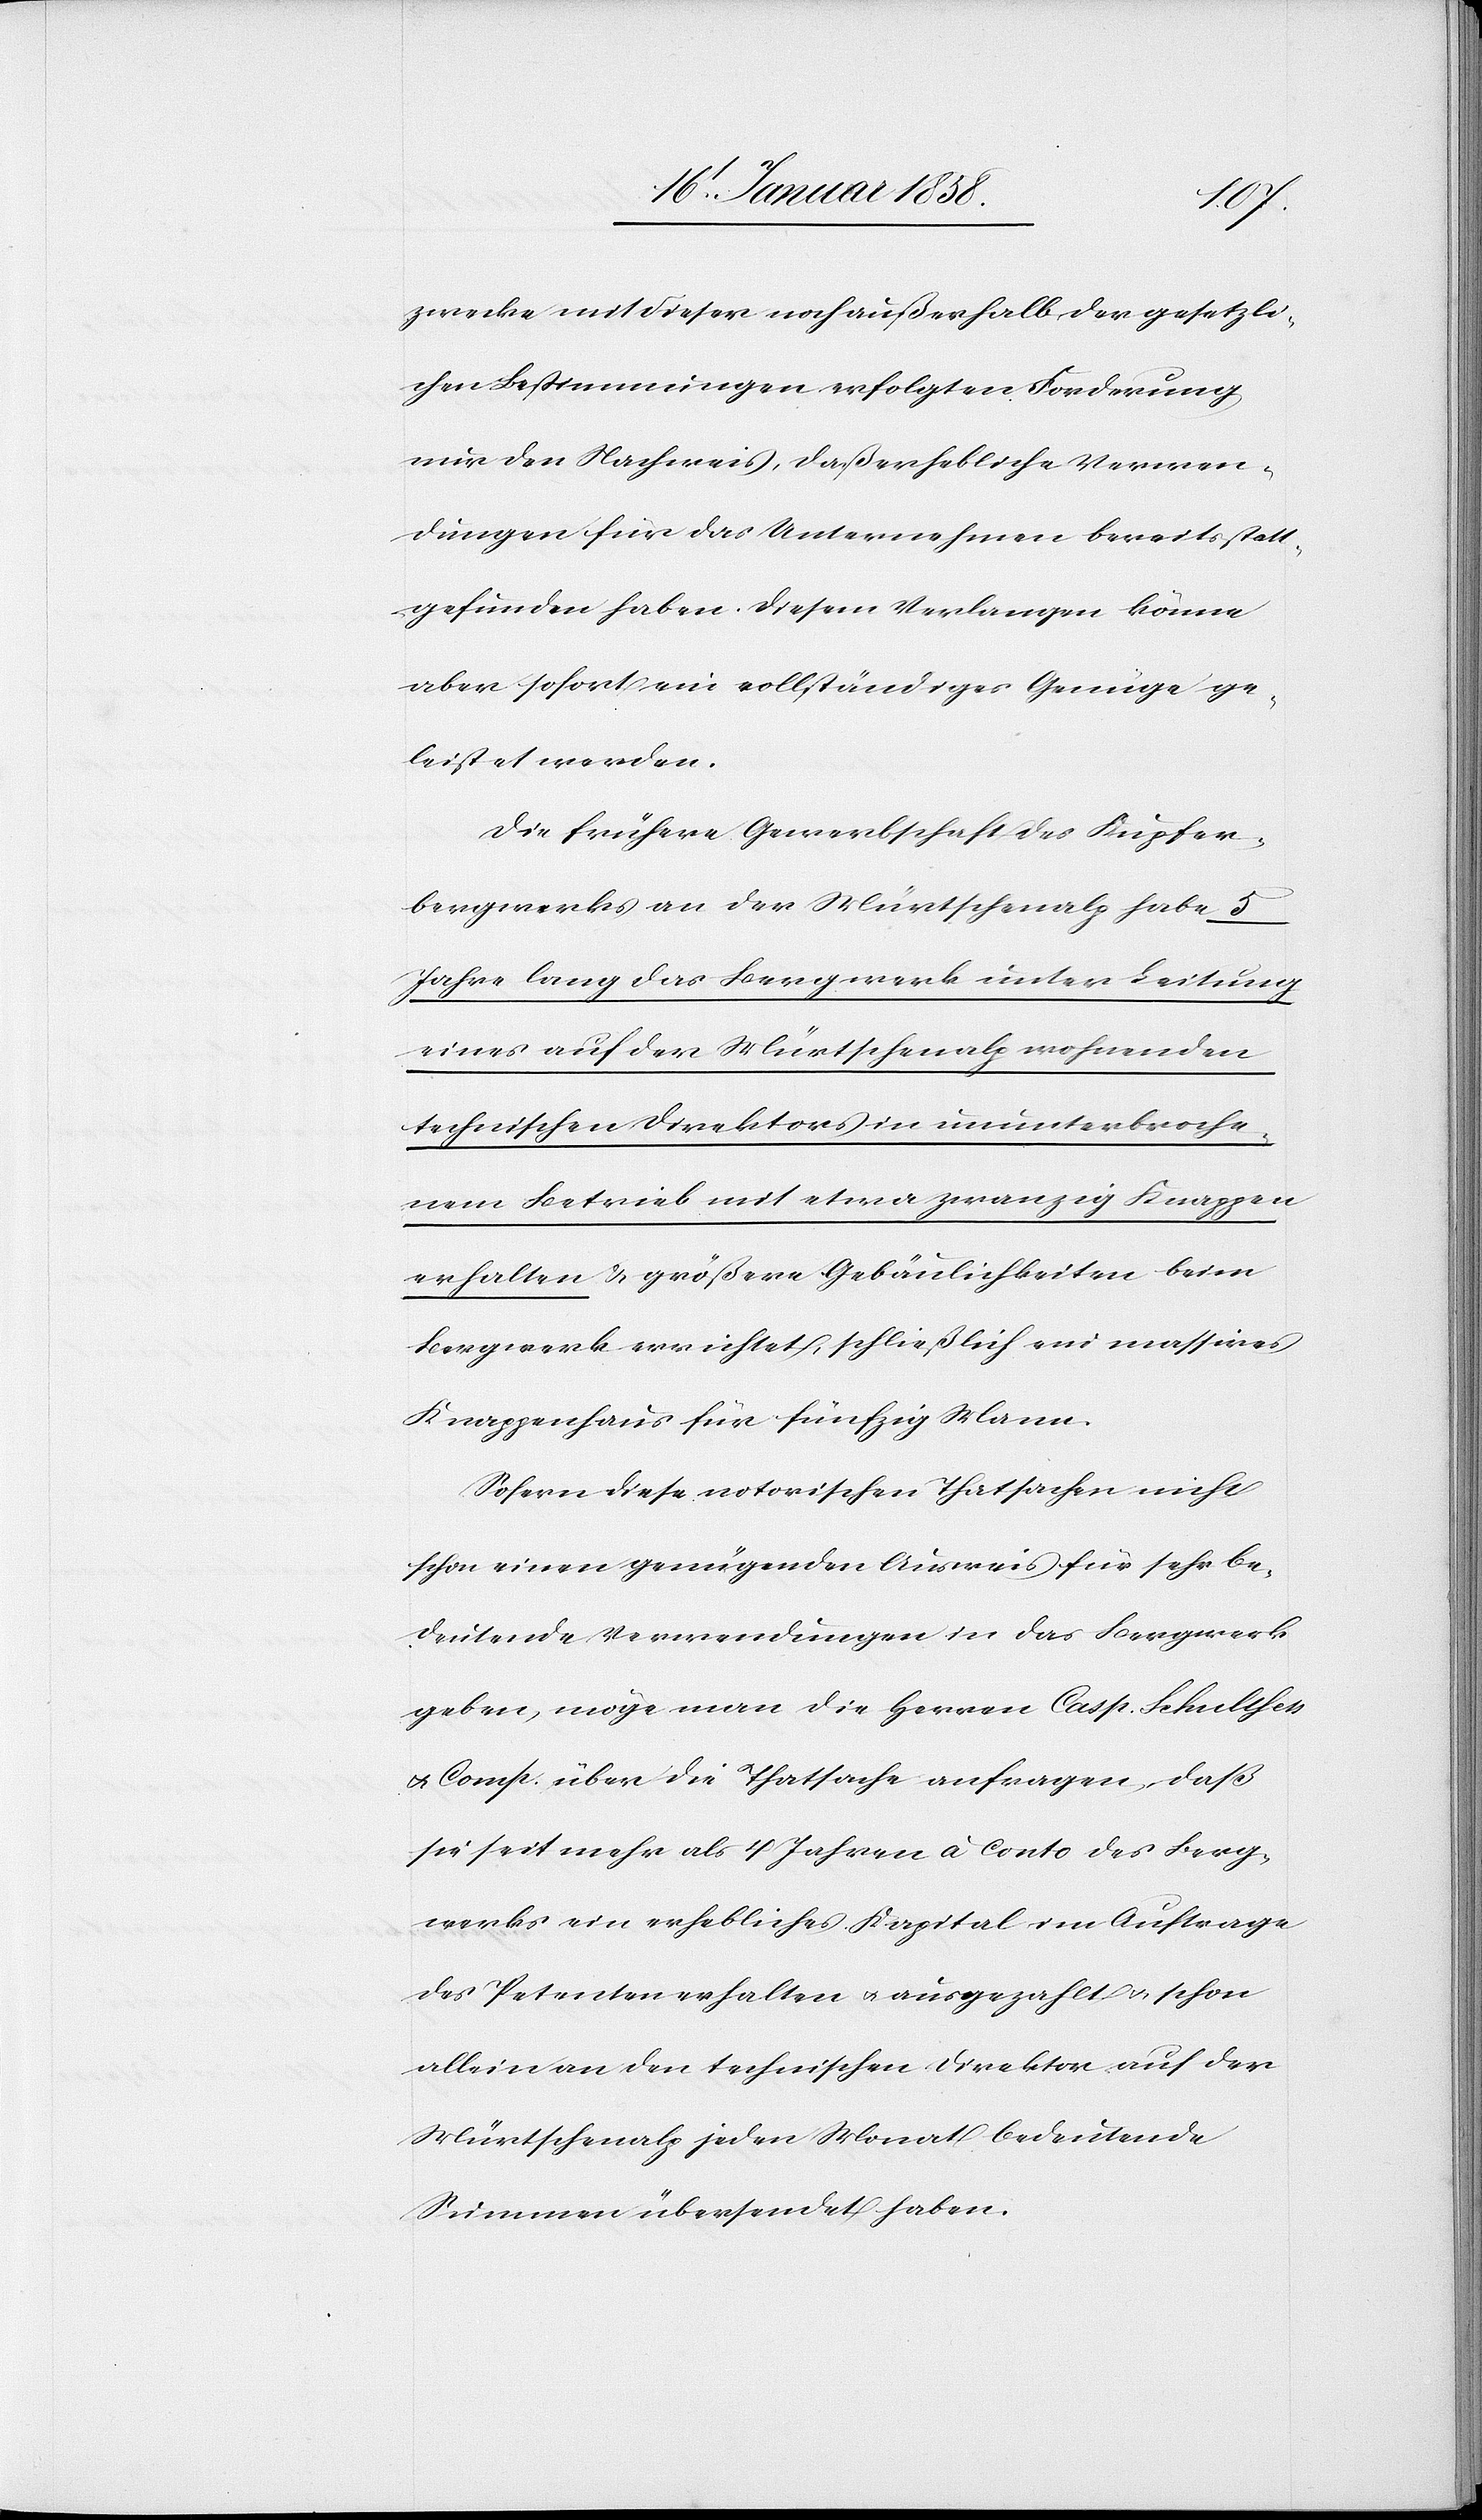
zwecke mit dieser noch außerhalb der gesetzli¬
chen Bestimmungen erfolgten Forderung
nur den Nachweis, daß erhebliche Verwen¬
dungen für das Unternehmen bereits statt¬
gefunden haben. Diesem Verlangen könne
aber sofort ein vollständiges Genüge ge¬
leistet werden.
Die frühere Gewerbschaft des Kupfer¬
bergwerkes an der Mürtschenalp habe 5
Jahre lang das Bergwerk unter Leitung
eines auf der Mürtschenalp wohnenden
technischen Direktors in ununterbroche¬
nem Betrieb mit etwa zwanzig Knappen
erhalten & größere Gebäulichkeiten beim
Bergwerk errichtet, schließlich ein massives
Knappenhaus für fünfzig Mann.
Sofern diese notorischen Thatsachen nicht
schon einen genügenden Ausweis für sehr be¬
deutende Verwendungen in das Bergwerk
geben, möge man die Herrn Casp. Schulthess
& Comp. über die Thatsache anfragen, daß
sie seit mehr als 4 Jahren à conto des Berg¬
werks ein erhebliches Kapital im Auftrage
des Petenten erhalten u. ausgezahlt u. schon
allein an den technischen Direktor auf der
Mürtschenalp jeden Monat bedeutende
Summen übersendet haben.